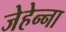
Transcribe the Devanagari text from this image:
जेहेन्ना